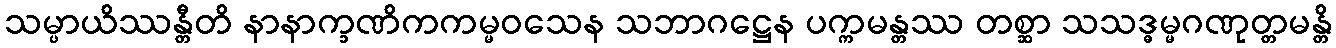
သမ္ပာယိဿန္တီတိ နာနာက္ခဏိကကမ္မဝသေန သဘာဂဋ္ဌေန ပက္ကမန္တဿ တစ္ဆာ သသဒ္ဓမ္မဂဏုတ္တမန္တိ